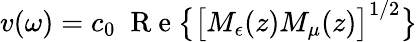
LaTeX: v(\omega)=c_{0}\; \mathrm{~R~e~}\big\{ \big[M_{\epsilon}(z)M_{\mu}(z)\big]^{1/2}\big\}